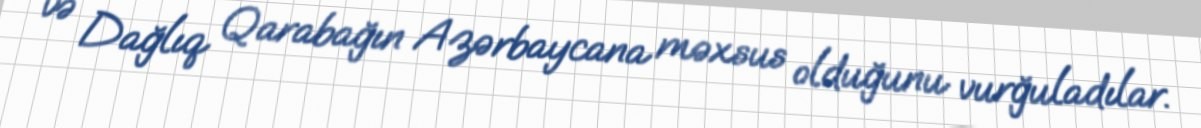
və Dağlıq Qarabağın Azərbaycana məxsus olduğunu vurğuladılar.